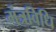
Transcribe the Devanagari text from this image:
मंत्रविधि